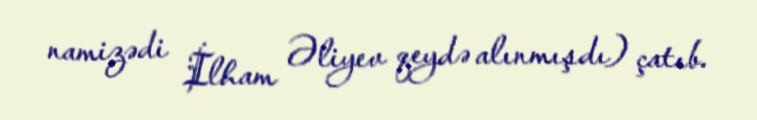
namizədi İlham Əliyev qeydə alınmışdı) çatıb.